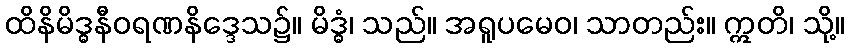
ထိနိမိဒ္ဓနီဝရဏနိဒ္ဒေသ၌။ မိဒ္ဓံ၊ သည်။ အရူပမေဝ၊ သာတည်း။ ဣတိ၊ သို့။